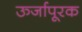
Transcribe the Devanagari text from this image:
ऊर्जापूरक